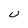
Character: U